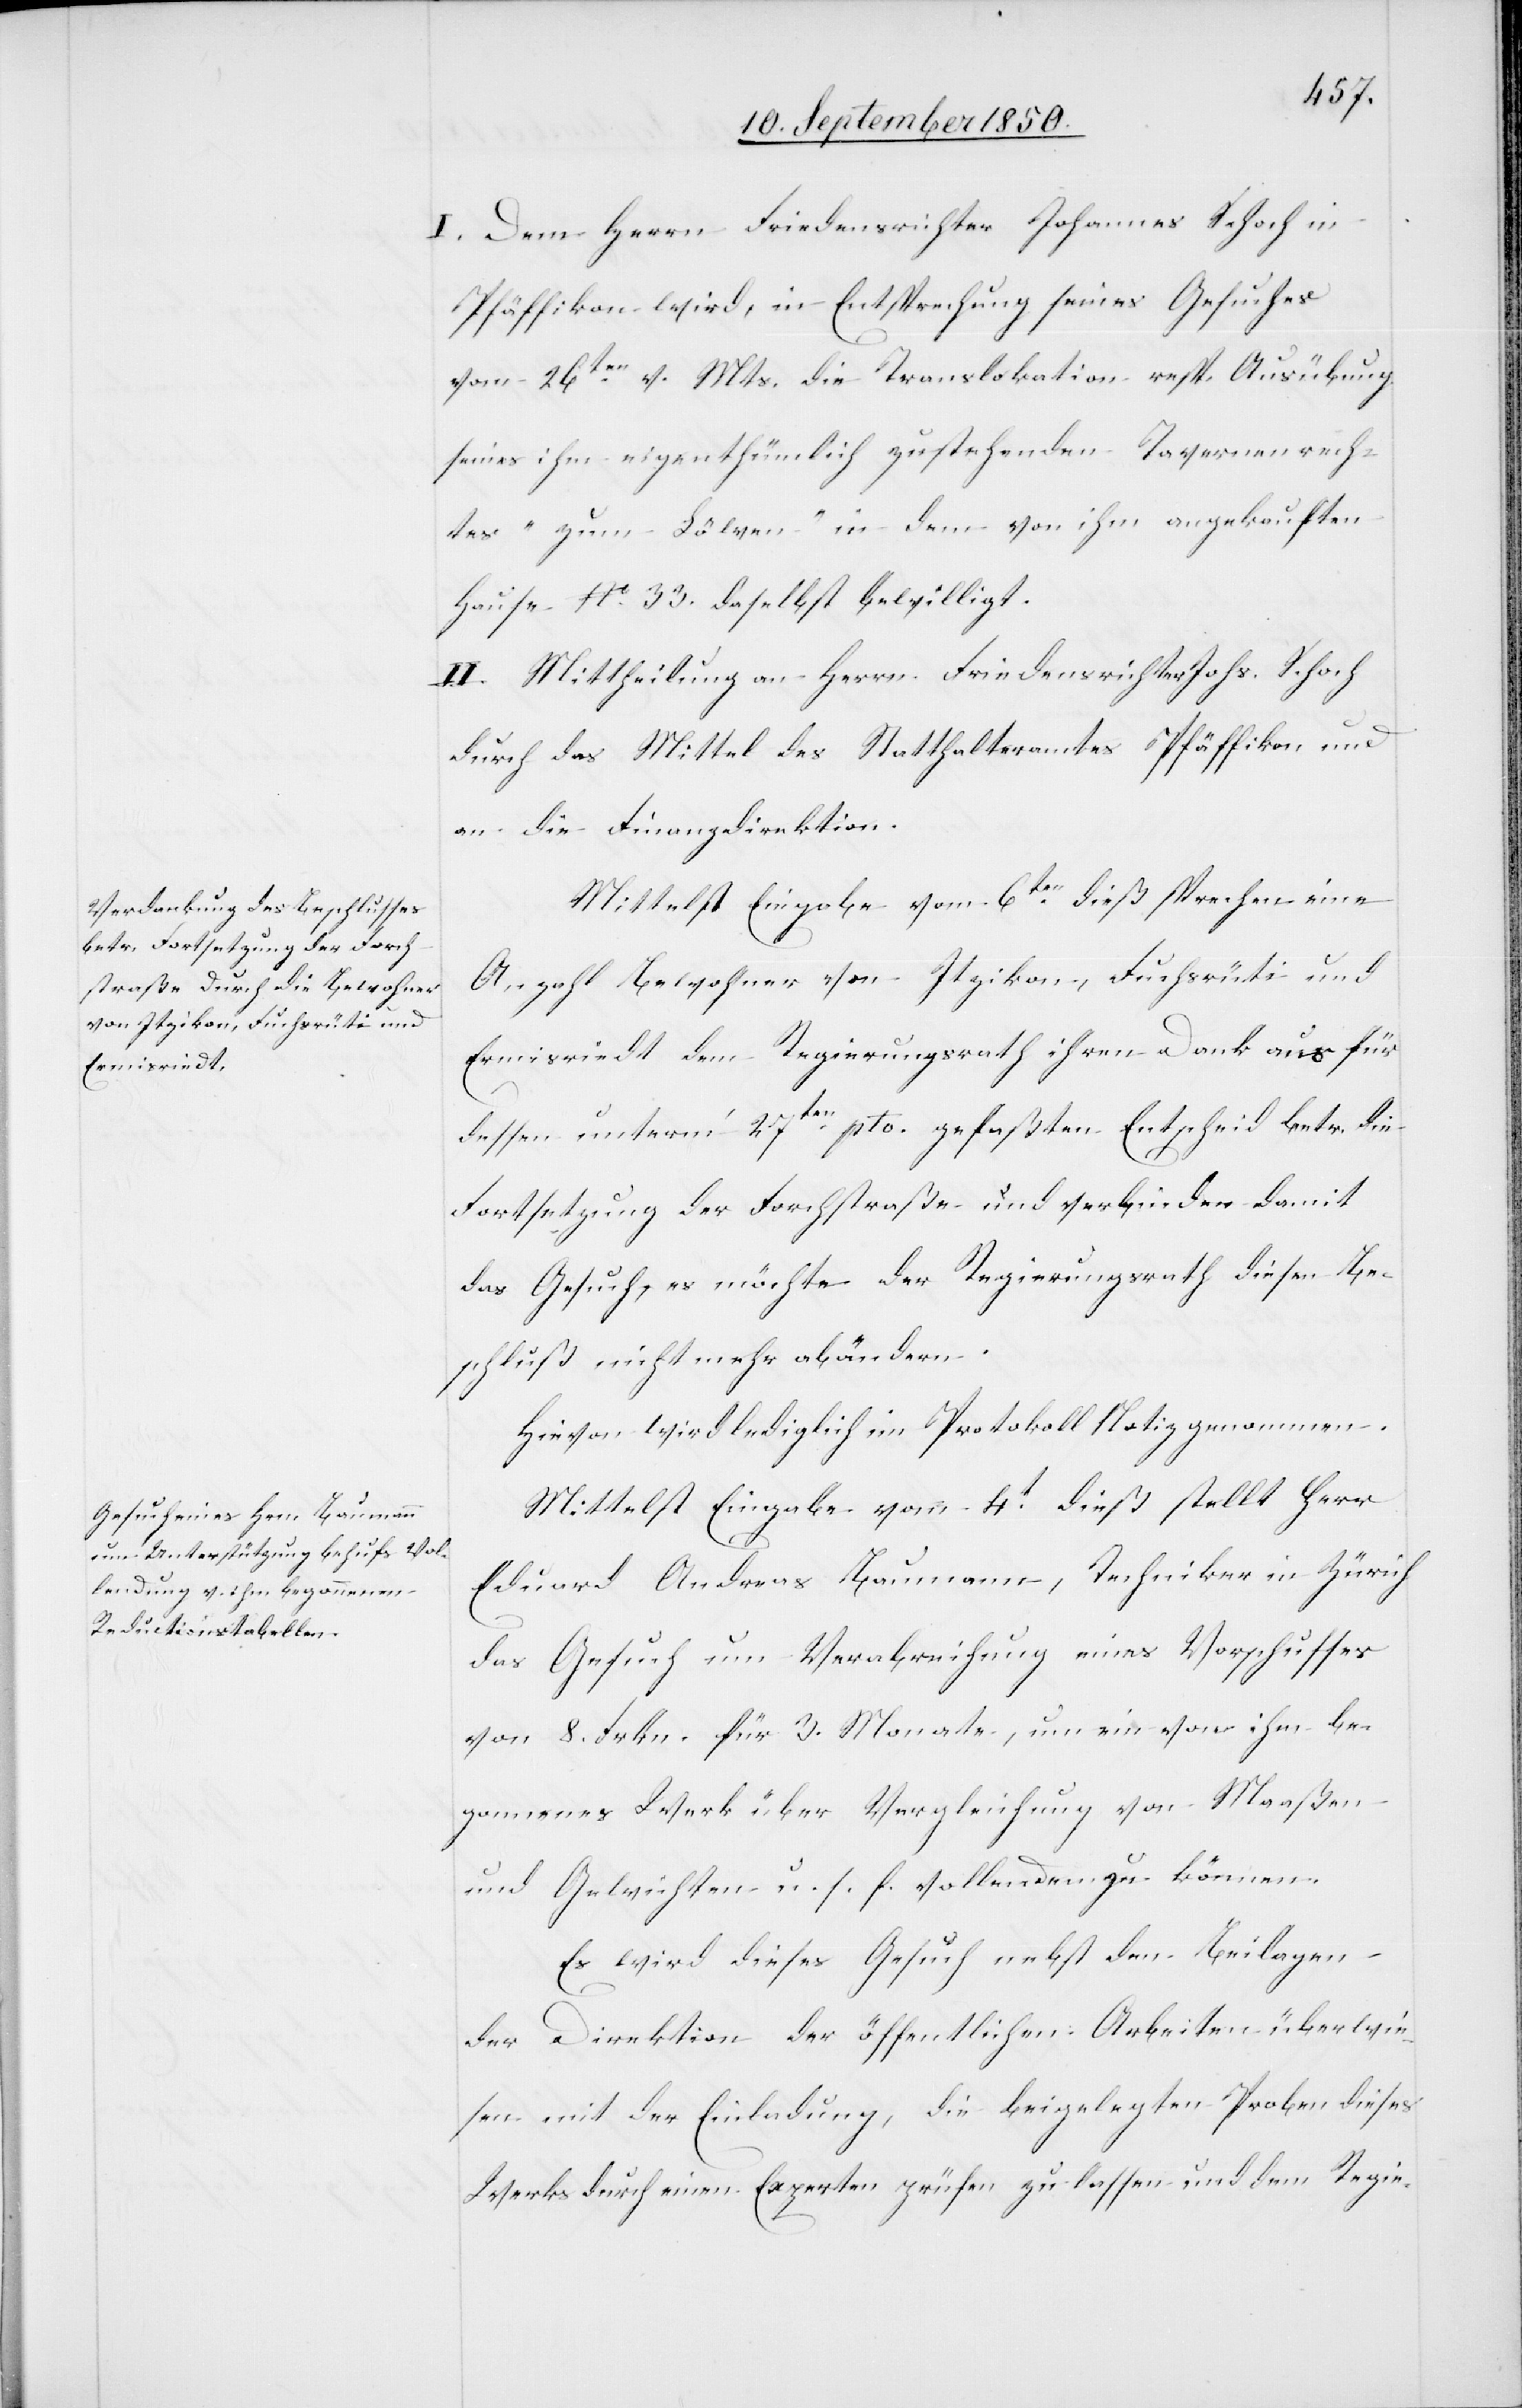
I. Dem Herrn Friedensrichter Johannes Schoch in
Pfäffikon wird, in Entsprechung seines Gesuches
vom 26ten v. Mts. die Translokation resp. Ausübung
seines ihm eigenthümlich zustehenden Tavernenrech¬
tes „zum Löwen“ in dem von ihm angekauften
Hause No. 33. daselbst bewilligt.
II. Mittheilung an Herrn Friedensrichter Johs. Schoch
durch das Mittel des Statthalteramtes Pfäffikon und
an die Finanzdirektion.
Mittelst Eingabe vom 6ten dieß sprechen eine
Anzahl Bewohner von Itzikon, Fuchsrüti und
Ermisriedt dem Regierungsrath ihren Dank aus für
dessen unterm‘ 27ten pto. gefaßten Entscheid betr. die
Fortsetzung der Forchstraße und verbinden damit
das Gesuch, es möchte der Regierungsrath diesen Be¬
schluß nicht mehr abändern.
Hievon wird lediglich im Protokoll Notiz genommen.
Mittelst Eingabe vom 4t dieß stellt Herr
Eduard Andreas Baumann, Techniker in Zürich
das Gesuch um Verabreichung eines Vorschusses
von 8. Frkn. für 3. Monate, um ein von ihm be¬
gonnenes Werk über Vergleichung von Maaßen
und Gewichten u. s. f. vollenden zu können.
Es wird dieses Gesuch nebst den Beilagen
der Direktion der öffentlichen Arbeiten überwie¬
sen mit der Einladung, die beigelegten Proben dieses
Werks durch einen Experten prüfen zu lassen und dem Regie-